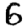
Digit: 6